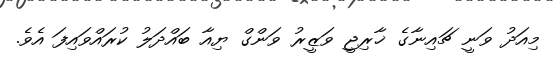
މިއަދު ވަނީ ޗައިނާގެ ޚާރިޖީ ވަޒީރު ވަންގް ޔިއާ ބައްދަލު ކުރައްވައިފަ އެެވެ.